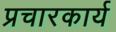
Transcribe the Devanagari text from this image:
प्रचारकार्य